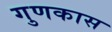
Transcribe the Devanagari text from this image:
गुणकास